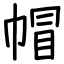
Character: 帽